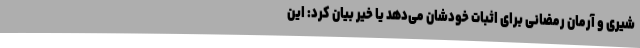
شیری و آرمان رمضانی برای اثبات خودشان می‌دهد یا خیر بیان کرد: این